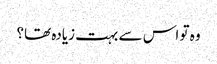
وہ تو اس سے بہت زیادہ تھا؟